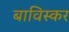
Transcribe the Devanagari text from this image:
बाविस्कर